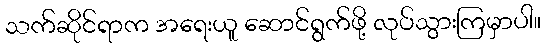
သက်ဆိုင်ရာက အရေးယူ ဆောင်ရွက်ဖို့ လုပ်သွားကြမှာပါ။